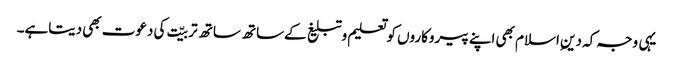
یہی وجہ کہ دینِ اسلام بھی اپنے پیروکاروں کوتعلیم وتبلیغ کےساتھ ساتھ تربیّت کی دعوت بھی دیتاہے۔